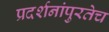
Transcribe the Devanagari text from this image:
प्रदर्शनांपुरतेच